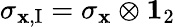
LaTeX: \sigma_{\mathbf{x},\mathrm{{I}}}=\sigma_{\mathbf{x}}\otimes{\mathbf{1}}_{2}